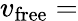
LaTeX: v_{\mathrm{free}}=